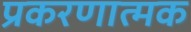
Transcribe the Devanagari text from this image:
प्रकरणात्मक